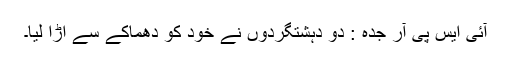
آئی ایس پی آر جدہ : دو دہشتگردوں نے خود کو دھماکے سے اُڑا لیا۔